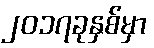
၂၀၁၇ခုနှစ်မှာ